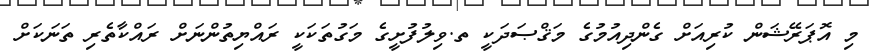
މި އޮޕަރޭޝަން ކުރިއަށް ގެންދިއުމުގެ މަޤްޞަދަކީ ތ.ވިލުފުށީގެ މަގުތަކަކީ ރައްޔިތުންނަށް ރައްކާތެރި ތަނަކަށް